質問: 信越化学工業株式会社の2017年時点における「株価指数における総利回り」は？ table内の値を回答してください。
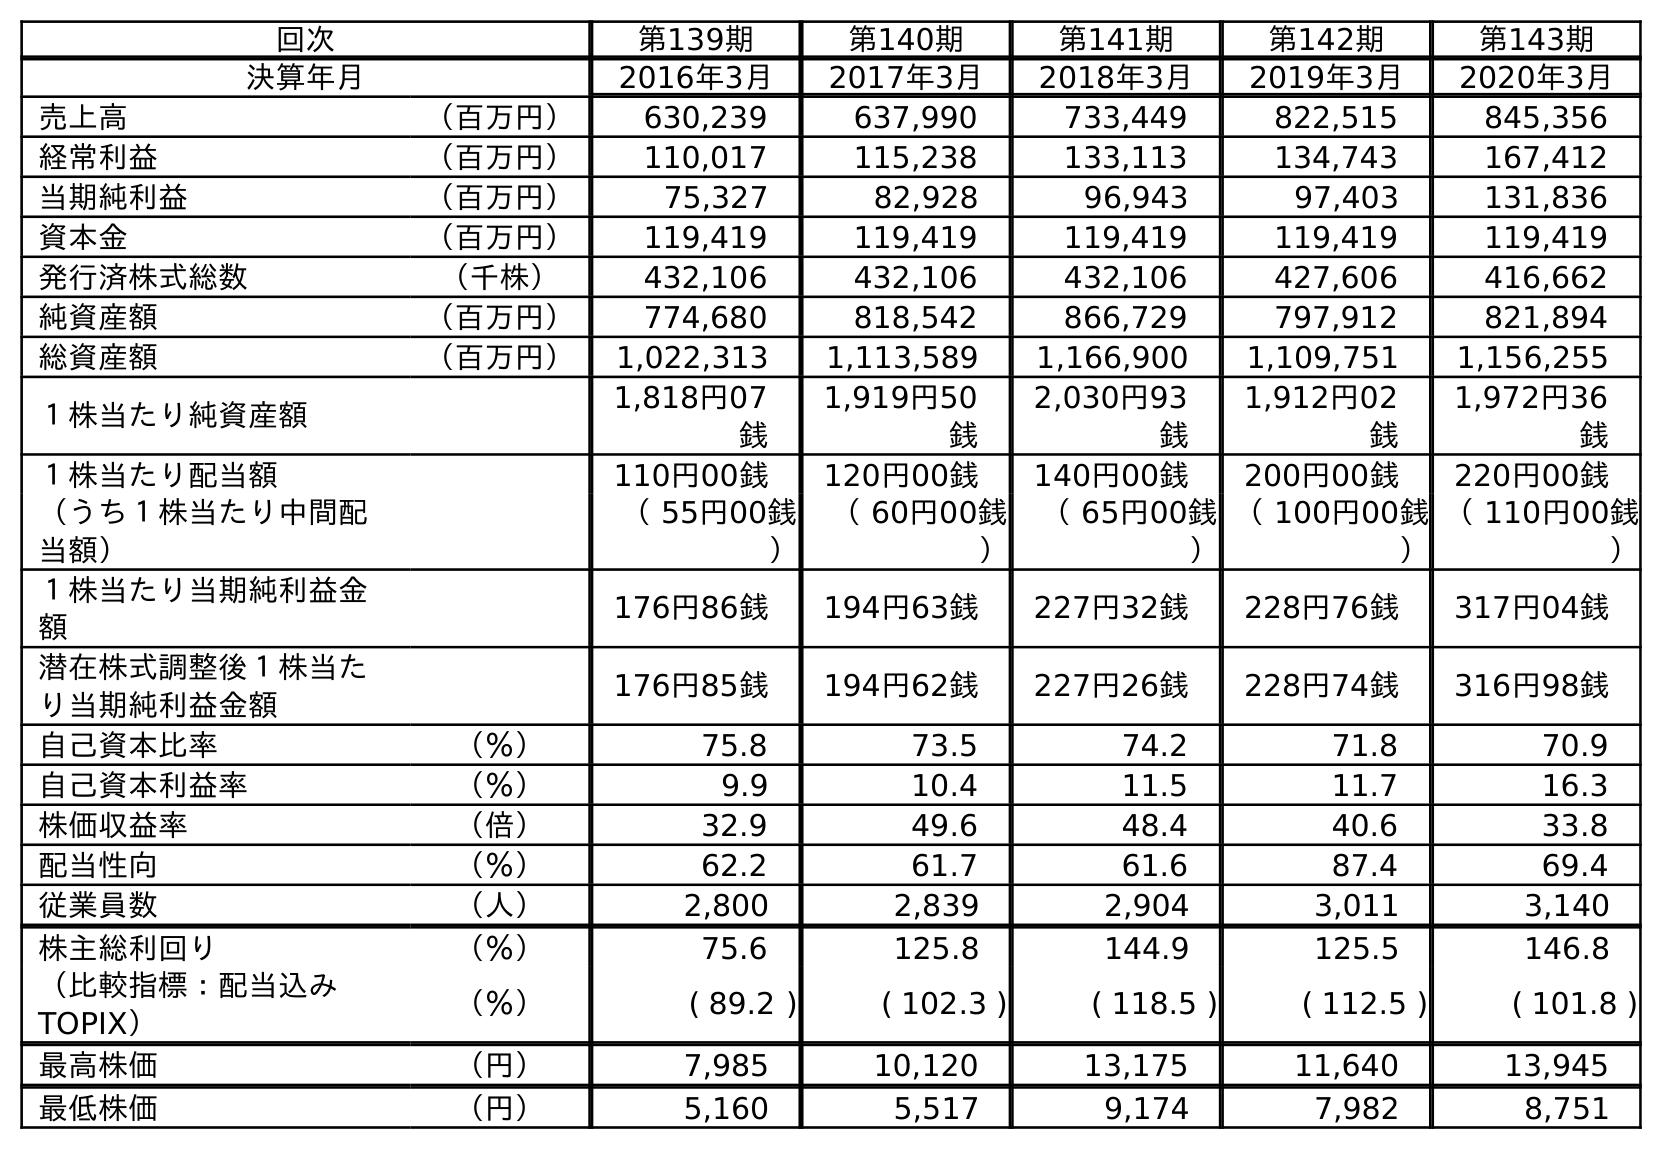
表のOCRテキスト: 回次 第139期 第140期 第141期 第142期 第143期 決算年月 2016年3月 2017年3月 2018年3月 2019年3月 2020年3月 売上高 （百万円） 630,239 637,990 733,449 822,515 845,356 経常利益 （百万円） 110,017 115,238 133,113 134,743 167,412 当期純利益 （百万円） 75,327 82,928 96,943 97,403 131,836 資本金 （百万円） 119,419 119,419 119,419 119,419 119,419 発行済株式総数 （千株） 432,106 432,106 432,106 427,606 416,662 純資産額 （百万円） 774,680 818,542 866,729 797,912 821,894 総資産額 （百万円） 1,022,313 1,113,589 1,166,900 1,109,751 1,156,255 １株当たり純資産額 1,818円07 銭 1,919円50 銭 2,030円93 銭 1,912円02 銭 1,972円36 銭 １株当たり配当額 110円00銭 120円00銭 140円00銭 200円00銭 220円00銭 （うち１株当たり中間配 当額） （ 55円00銭 ） （ 60円00銭 ） （ 65円00銭 ） （ 100円00銭 ） （ 110円00銭 ） １株当たり当期純利益金 額 176円86銭 194円63銭 227円32銭 228円76銭 317円04銭 潜在株式調整後１株当た り当期純利益金額 176円85銭 194円62銭 227円26銭 228円74銭 316円98銭 自己資本比率 （％） 75.8 73.5 74.2 71.8 70.9 自己資本利益率 （％） 9.9 10.4 11.5 11.7 16.3 株価収益率 （倍） 32.9 49.6 48.4 40.6 33.8 配当性向 （％） 62.2 61.7 61.6 87.4 69.4 従業員数 （人） 2,800 2,839 2,904 3,011 3,140 株主総利回り （％） 75.6 125.8 144.9 125.5 146.8 （比較指標：配当込み TOPIX） （％） ( 89.2 ) ( 102.3 ) ( 118.5 ) ( 112.5 ) ( 101.8 ) 最高株価 （円） 7,985 10,120 13,175 11,640 13,945 最低株価 （円） 5,160 5,517 9,174 7,982 8,751
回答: (102.3)